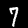
Digit: 7